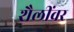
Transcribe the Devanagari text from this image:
शैलींवर